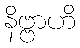
နိဗ္ဗာဟိ